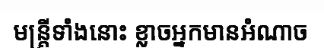
មន្ត្រីទាំងនោះ ខ្លាចអ្នកមានអំណាច